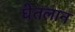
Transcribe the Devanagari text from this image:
घेतलान